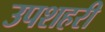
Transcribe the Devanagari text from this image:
उपशहरी